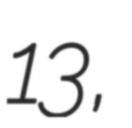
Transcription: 13,